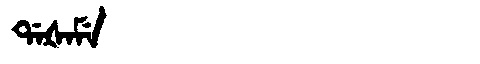
Manchu: ᡩᠠᡧᠠᠮᡝ
Romanization: DAŠAME